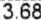
3.68